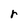
Character: r